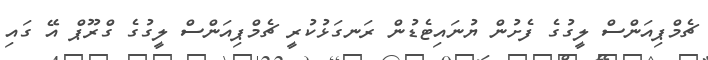
ޗެމްޕިއަންސް ލީގުގެ ފެށުން ޔުނައިޓެޑުން ރަނގަޅުކުރީ ޗެމްޕިއަންސް ލީގުގެ ގްރޫޕް އޭ ގައި